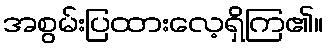
အစွမ်းပြထားလေ့ရှိကြ၏။